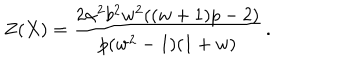
Z ( X ) = \frac { 2 \alpha ^ { 2 } b ^ { 2 } w ^ { 2 } ( ( w + 1 ) p - 2 ) } { p ( w ^ { 2 } - 1 ) ( 1 + w ) } \, .